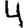
Digit: 4